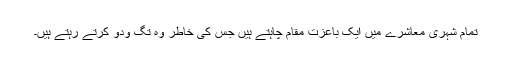
تمام شہری معاشرے میں ایک باعزت مقام چاہتے ہیں جس کی خاطر وہ تگ ودو کرتے رہتے ہیں۔